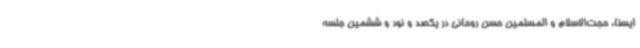
ایسنا، حجت‌الاسلام و المسلمین حسن روحانی در یکصد و نود و ششمین جلسه